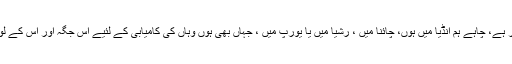
یہ مثال ہر جگہ کے لئیے برابر ہے، چاہے ہم انڈیا میں ہوں، چائنا میں ، رشیا میں یا یورپ میں ، جہاں بھی ہوں وہاں کی کامیابی کے لئیے اس جگہ اور اس کے لوگوں کو سمجھنا ضروری ہے۔